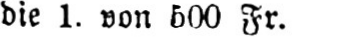
die 1. von 500 Fr.